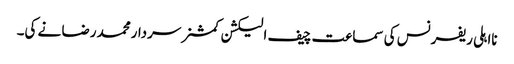
نااہلی ریفرنس کی سماعت چیف الیکشن کمشنر سردارمحمد رضا نے کی۔